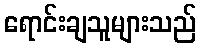
ရောင်းချသူများသည်